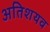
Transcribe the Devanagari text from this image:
अतिशयव